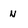
Character: n